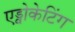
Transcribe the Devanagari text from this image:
एड्वोकेटिंग